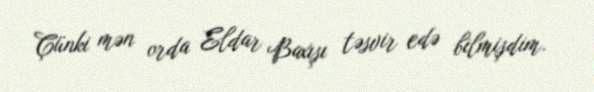
Çünki mən orda Eldar Baxışı təsvir edə bilmişdim.